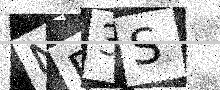
Text: NE3S